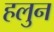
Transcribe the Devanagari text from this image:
हलुन